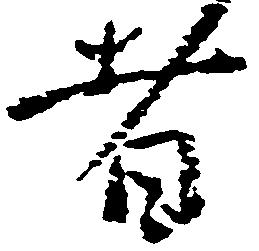
者